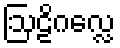
ဩဠိဂလ္လေ